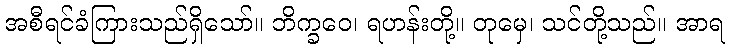
အစီရင်ခံကြားသည်ရှိသော်။ ဘိက္ခဝေ၊ ရဟန်းတို့။ တုမှေ၊ သင်တို့သည်။ အာရ